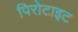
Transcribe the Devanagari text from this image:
पिरोटाइट